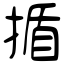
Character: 揗